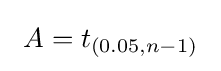
\ A=t_{(0.05,n-1)}~